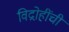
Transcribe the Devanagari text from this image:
विद्रोहींची